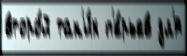
второ́й так'и́х п'е́рьев дл'я